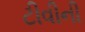
ટીવીની